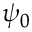
\psi _ { 0 }